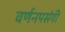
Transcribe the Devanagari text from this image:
वर्णनपसंगी